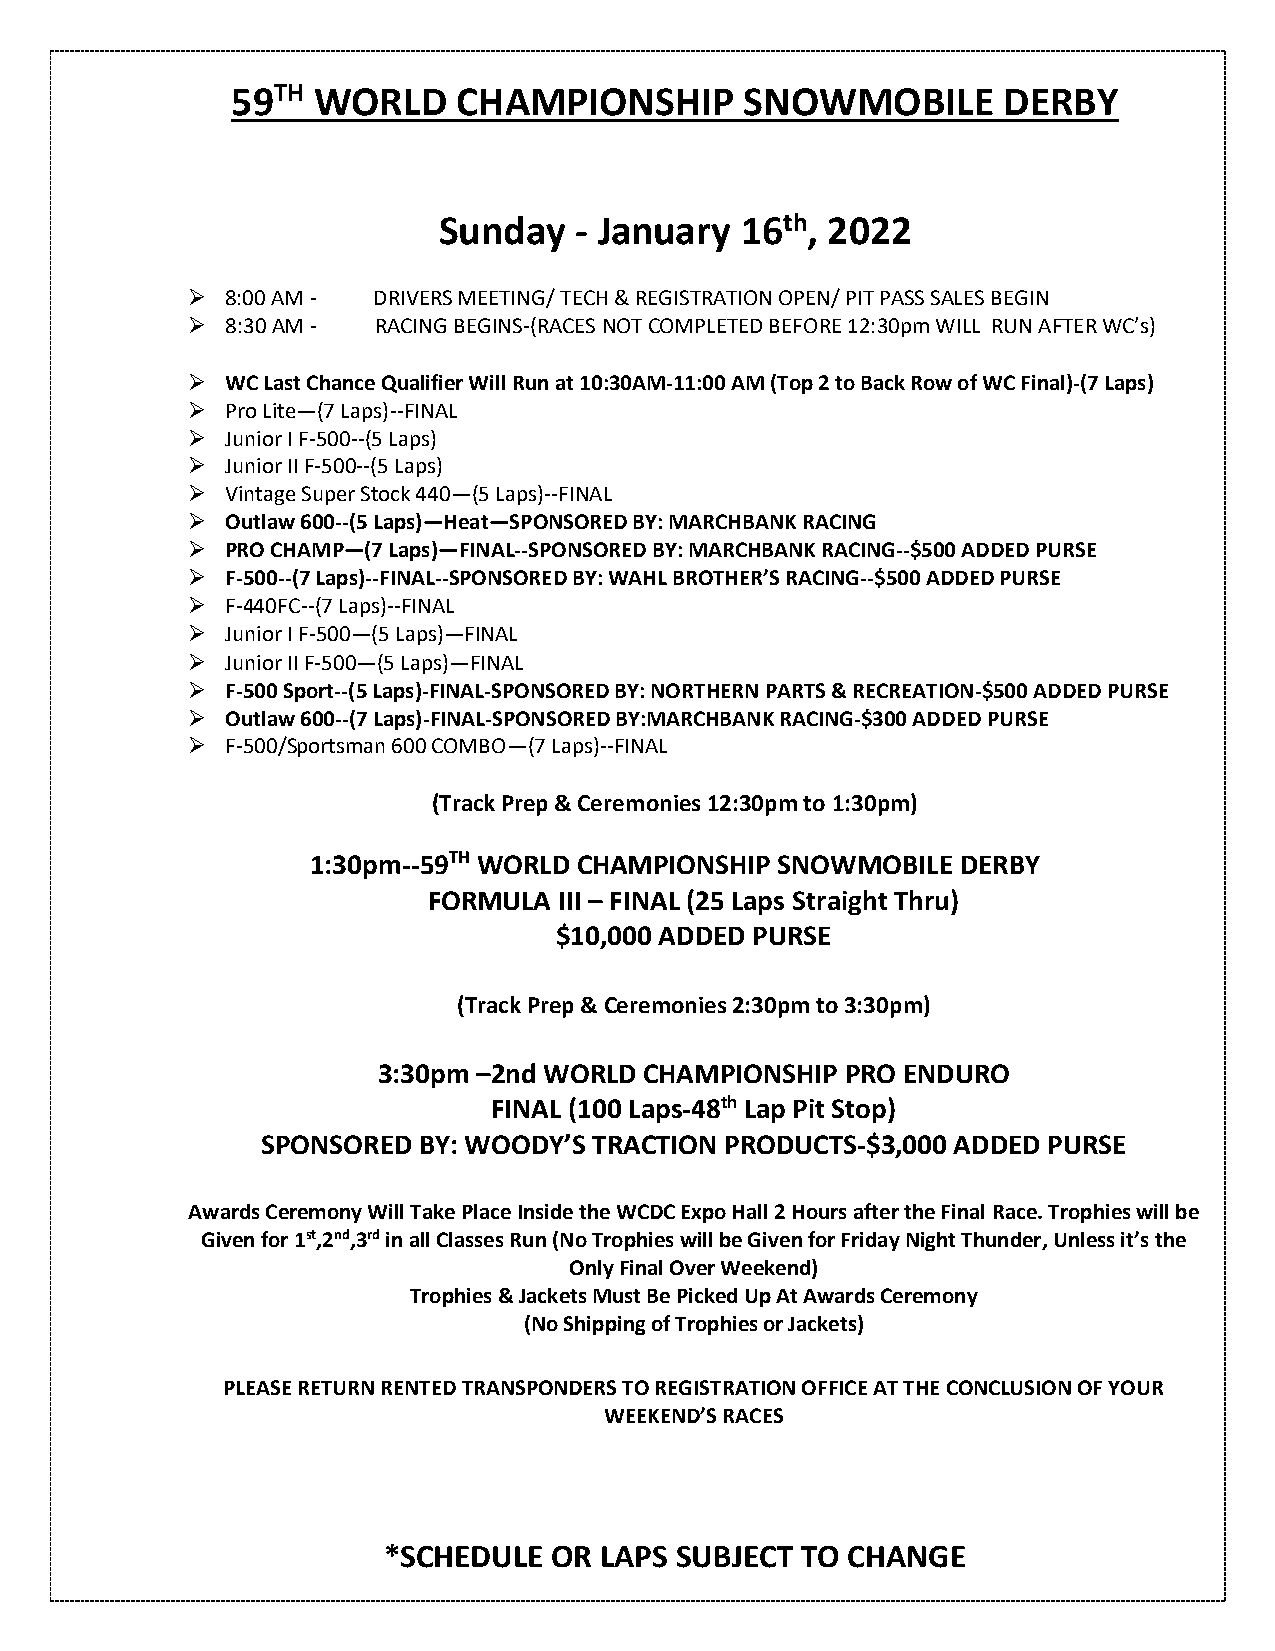
59TH  WORLD    CHAMPIONSHIP       SNOWMOBILE       DERBY
 Sunday   - January  16th, 2022
 ➢  8:00 AM - DRIVERS MEETING/ TECH & REGISTRATION OPEN/ PIT PASS SALES BEGIN
 ➢  8:30 AM - RACING BEGINS-(RACES NOT COMPLETED BEFORE 12:30pm WILL RUN AFTER WC’s)
 ➢  WC Last Chance Qualifier Will Run at 10:30AM-11:00 AM (Top 2 to Back Row of WC Final)-(7 Laps)
 ➢  Pro Lite—(7 Laps)--FINAL
 ➢  Junior I F-500--(5 Laps)
 ➢  Junior II F-500--(5 Laps)
 ➢  Vintage Super Stock 440—(5 Laps)--FINAL
 ➢  Outlaw 600--(5 Laps)—Heat—SPONSORED BY: MARCHBANK RACING
 ➢  PRO CHAMP—(7 Laps)—FINAL--SPONSORED BY: MARCHBANK RACING--$500 ADDED PURSE
 ➢  F-500--(7 Laps)--FINAL--SPONSORED BY: WAHL BROTHER’S RACING--$500 ADDED PURSE
 ➢  F-440FC--(7 Laps)--FINAL
 ➢  Junior I F-500—(5 Laps)—FINAL
 ➢  Junior II F-500—(5 Laps)—FINAL
 ➢  F-500 Sport--(5 Laps)-FINAL-SPONSORED BY: NORTHERN PARTS & RECREATION-$500 ADDED PURSE
 ➢  Outlaw 600--(7 Laps)-FINAL-SPONSORED BY:MARCHBANK RACING-$300 ADDED PURSE
 ➢  F-500/Sportsman 600 COMBO—(7 Laps)--FINAL
 (Track Prep & Ceremonies 12:30pm to 1:30pm)
 1:30pm--59TH WORLD CHAMPIONSHIP SNOWMOBILE DERBY
 FORMULA  III – FINAL (25 Laps Straight Thru)
 $10,000 ADDED PURSE
 (Track Prep & Ceremonies 2:30pm to 3:30pm)
 3:30pm –2nd WORLD CHAMPIONSHIP PRO ENDURO
 FINAL (100 Laps-48th Lap Pit Stop)
 SPONSORED  BY: WOODY’S TRACTION PRODUCTS-$3,000 ADDED PURSE
 Awards Ceremony Will Take Place Inside the WCDC Expo Hall 2 Hours after the Final Race. Trophies will be
 Given for 1st,2nd,3rd in all Classes Run (No Trophies will be Given for Friday Night Thunder, Unless it’s the
 Only Final Over Weekend)
 Trophies & Jackets Must Be Picked Up At Awards Ceremony
 (No Shipping of Trophies or Jackets)
 PLEASE RETURN RENTED TRANSPONDERS TO REGISTRATION OFFICE AT THE CONCLUSION OF YOUR
 WEEKEND’S RACES
 *SCHEDULE   OR LAPS SUBJECT TO CHANGE